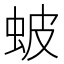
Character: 蚾